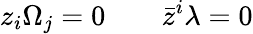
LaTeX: z_{i}\Omega_{j}=0\qquad\bar{z}^{i}\lambda=0